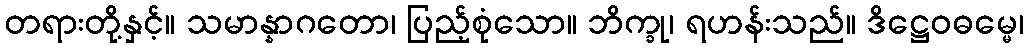
တရားတို့နှင့်။ သမာန္နာဂတော၊ ပြည့်စုံသော။ ဘိက္ခု၊ ရဟန်းသည်။ ဒိဋ္ဌေဝဓမ္မေ၊